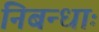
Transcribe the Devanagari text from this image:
निबन्धाः